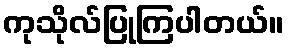
ကုသိုလ်ပြုကြပါတယ်။